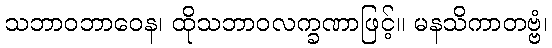
သဘာဝဘာဝေန၊ ထိုသဘာဝလက္ခဏာဖြင့်။ မနသိကာတဗ္ဗံ၊